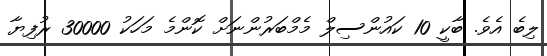
ލިބެ އެވެ. ބާކީ 10 ކައުންސިލް މެމްބަރުންނަށް ކޮންމެ މަހަކު 30000 ރުފިޔާ